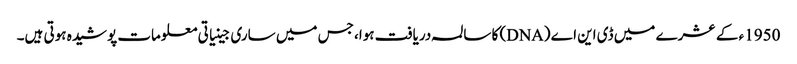
1950ء کے عشرے میں ڈی این اے (DNA) کا سالمہ دریافت ہوا، جس میں ساری جینیاتی معلومات پوشیدہ ہوتی ہیں۔